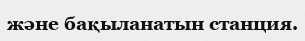
және бақыланатын станция.